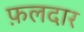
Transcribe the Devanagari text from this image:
फ़लदार